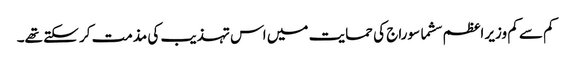
کم سے کم وزیر اعظم سشما سوراج کی حمایت میں اس تہذیب کی مذمت کر سکتے تھے۔